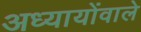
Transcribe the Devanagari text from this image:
अध्यायोंवाले